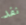
نفد